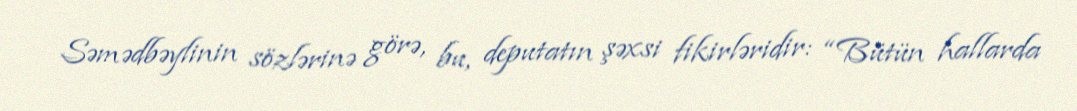
Səmədbəylinin sözlərinə görə, bu, deputatın şəxsi fikirləridir: “Bütün hallarda